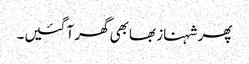
پھر شہناز بھابھی گھر آ گئیں۔